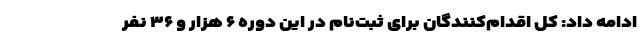
ادامه داد: کل اقدام‌کنندگان برای ثبت‌نام در این دوره ۶ هزار و ۳۶ نفر